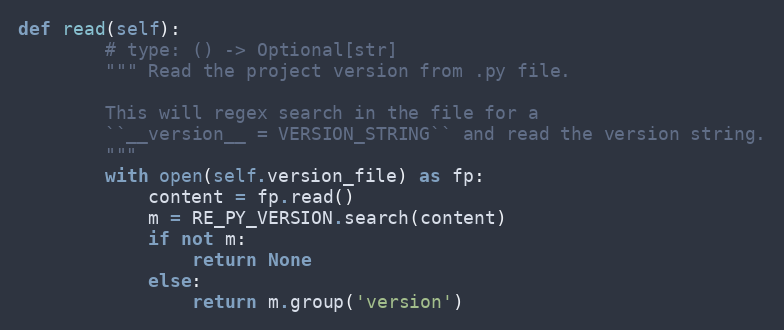
Language: Python
def read(self):
        # type: () -> Optional[str]
        """ Read the project version from .py file.

        This will regex search in the file for a
        ``__version__ = VERSION_STRING`` and read the version string.
        """
        with open(self.version_file) as fp:
            content = fp.read()
            m = RE_PY_VERSION.search(content)
            if not m:
                return None
            else:
                return m.group('version')